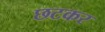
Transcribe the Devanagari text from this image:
छटकर